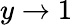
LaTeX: y\to 1